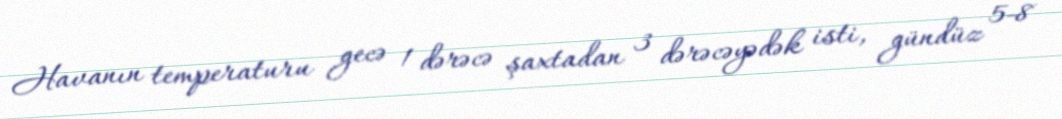
Havanın temperaturu gecə 1 dərəcə şaxtadan 3 dərəcəyədək isti, gündüz 5-8